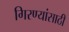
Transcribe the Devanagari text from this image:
गिरण्यांसाठी